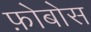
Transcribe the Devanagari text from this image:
फ़ोबोस